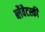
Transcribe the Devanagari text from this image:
ब्लैवैटस्की